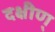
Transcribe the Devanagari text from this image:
दक्षीण्